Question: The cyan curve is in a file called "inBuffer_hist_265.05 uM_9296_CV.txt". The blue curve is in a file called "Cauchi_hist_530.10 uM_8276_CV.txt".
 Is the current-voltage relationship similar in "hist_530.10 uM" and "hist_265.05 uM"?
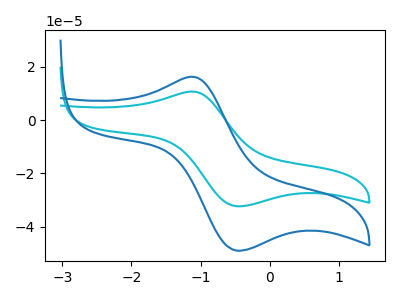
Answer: <think>The cyan curve "hist_265.05 uM" has an anodic peak at (-1.15V, 10.75uA) and a cathodic peak at (-0.50V, -32.35uA). The blue curve "hist_530.10 uM" has an anodic peak at (-1.15V, 16.30uA) and a cathodic peak at (-0.50V, -49.05uA).
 All the peaks in "hist_530.10 uM" have a peak in "hist_265.05 uM" at the same potential. Every peak in "hist_530.10 uM" is higher than every peak in "hist_265.05 uM".</think>
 <answer>"hist_530.10 uM" and "hist_265.05 uM" are similar in shape.</answer>
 <eval>same_shape</eval>